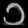
Digit: ၁